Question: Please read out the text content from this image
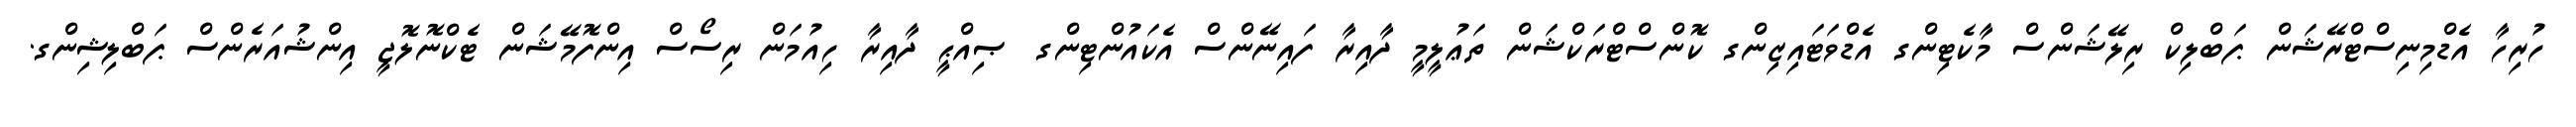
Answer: ހުރިހާ އެޑްމިނިސްޓްރޭޝަން ޕަބްލިކް ރިލޭޝަންސް މާކެޓިންގ އެޑްވަޓައިޒިންގ ކޮންސްޓްރަކްޝަން ތަޢުލީމީ ދާއިރާ ފައިނޭންސް އެކައުންޓިންގ ޞިއްޙީ ދާއިރާ ހިއުމަން ރިސޯސް އިންފޮމޭޝަން ޓެކްނޮލޮޖީ އިންޝުއަރެންސް ޕަބްލިޝިންގ.